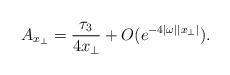
LaTeX: \begin{align*}A_{x_\perp}=\frac{\tau_3}{4x_\perp}+O(e^{-4|\omega||x_\perp|}).\end{align*}